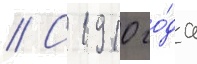
// С 1910 го́да